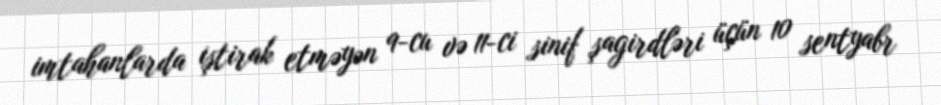
imtahanlarda iştirak etməyən 9-cu və 11-ci sinif şagirdləri üçün 10 sentyabr